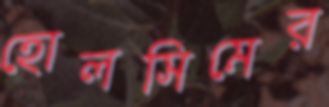
হোলসিমের